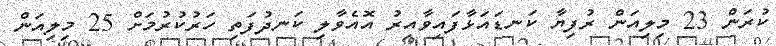
ކުރަން 23 މިލިއަން ރުފިޔާ ކަނޑައަޅާފައިވާއިރު އޮއެވާލި ކަނދުފަތި ހަރުކުރުމަށް 25 މިލިއަން